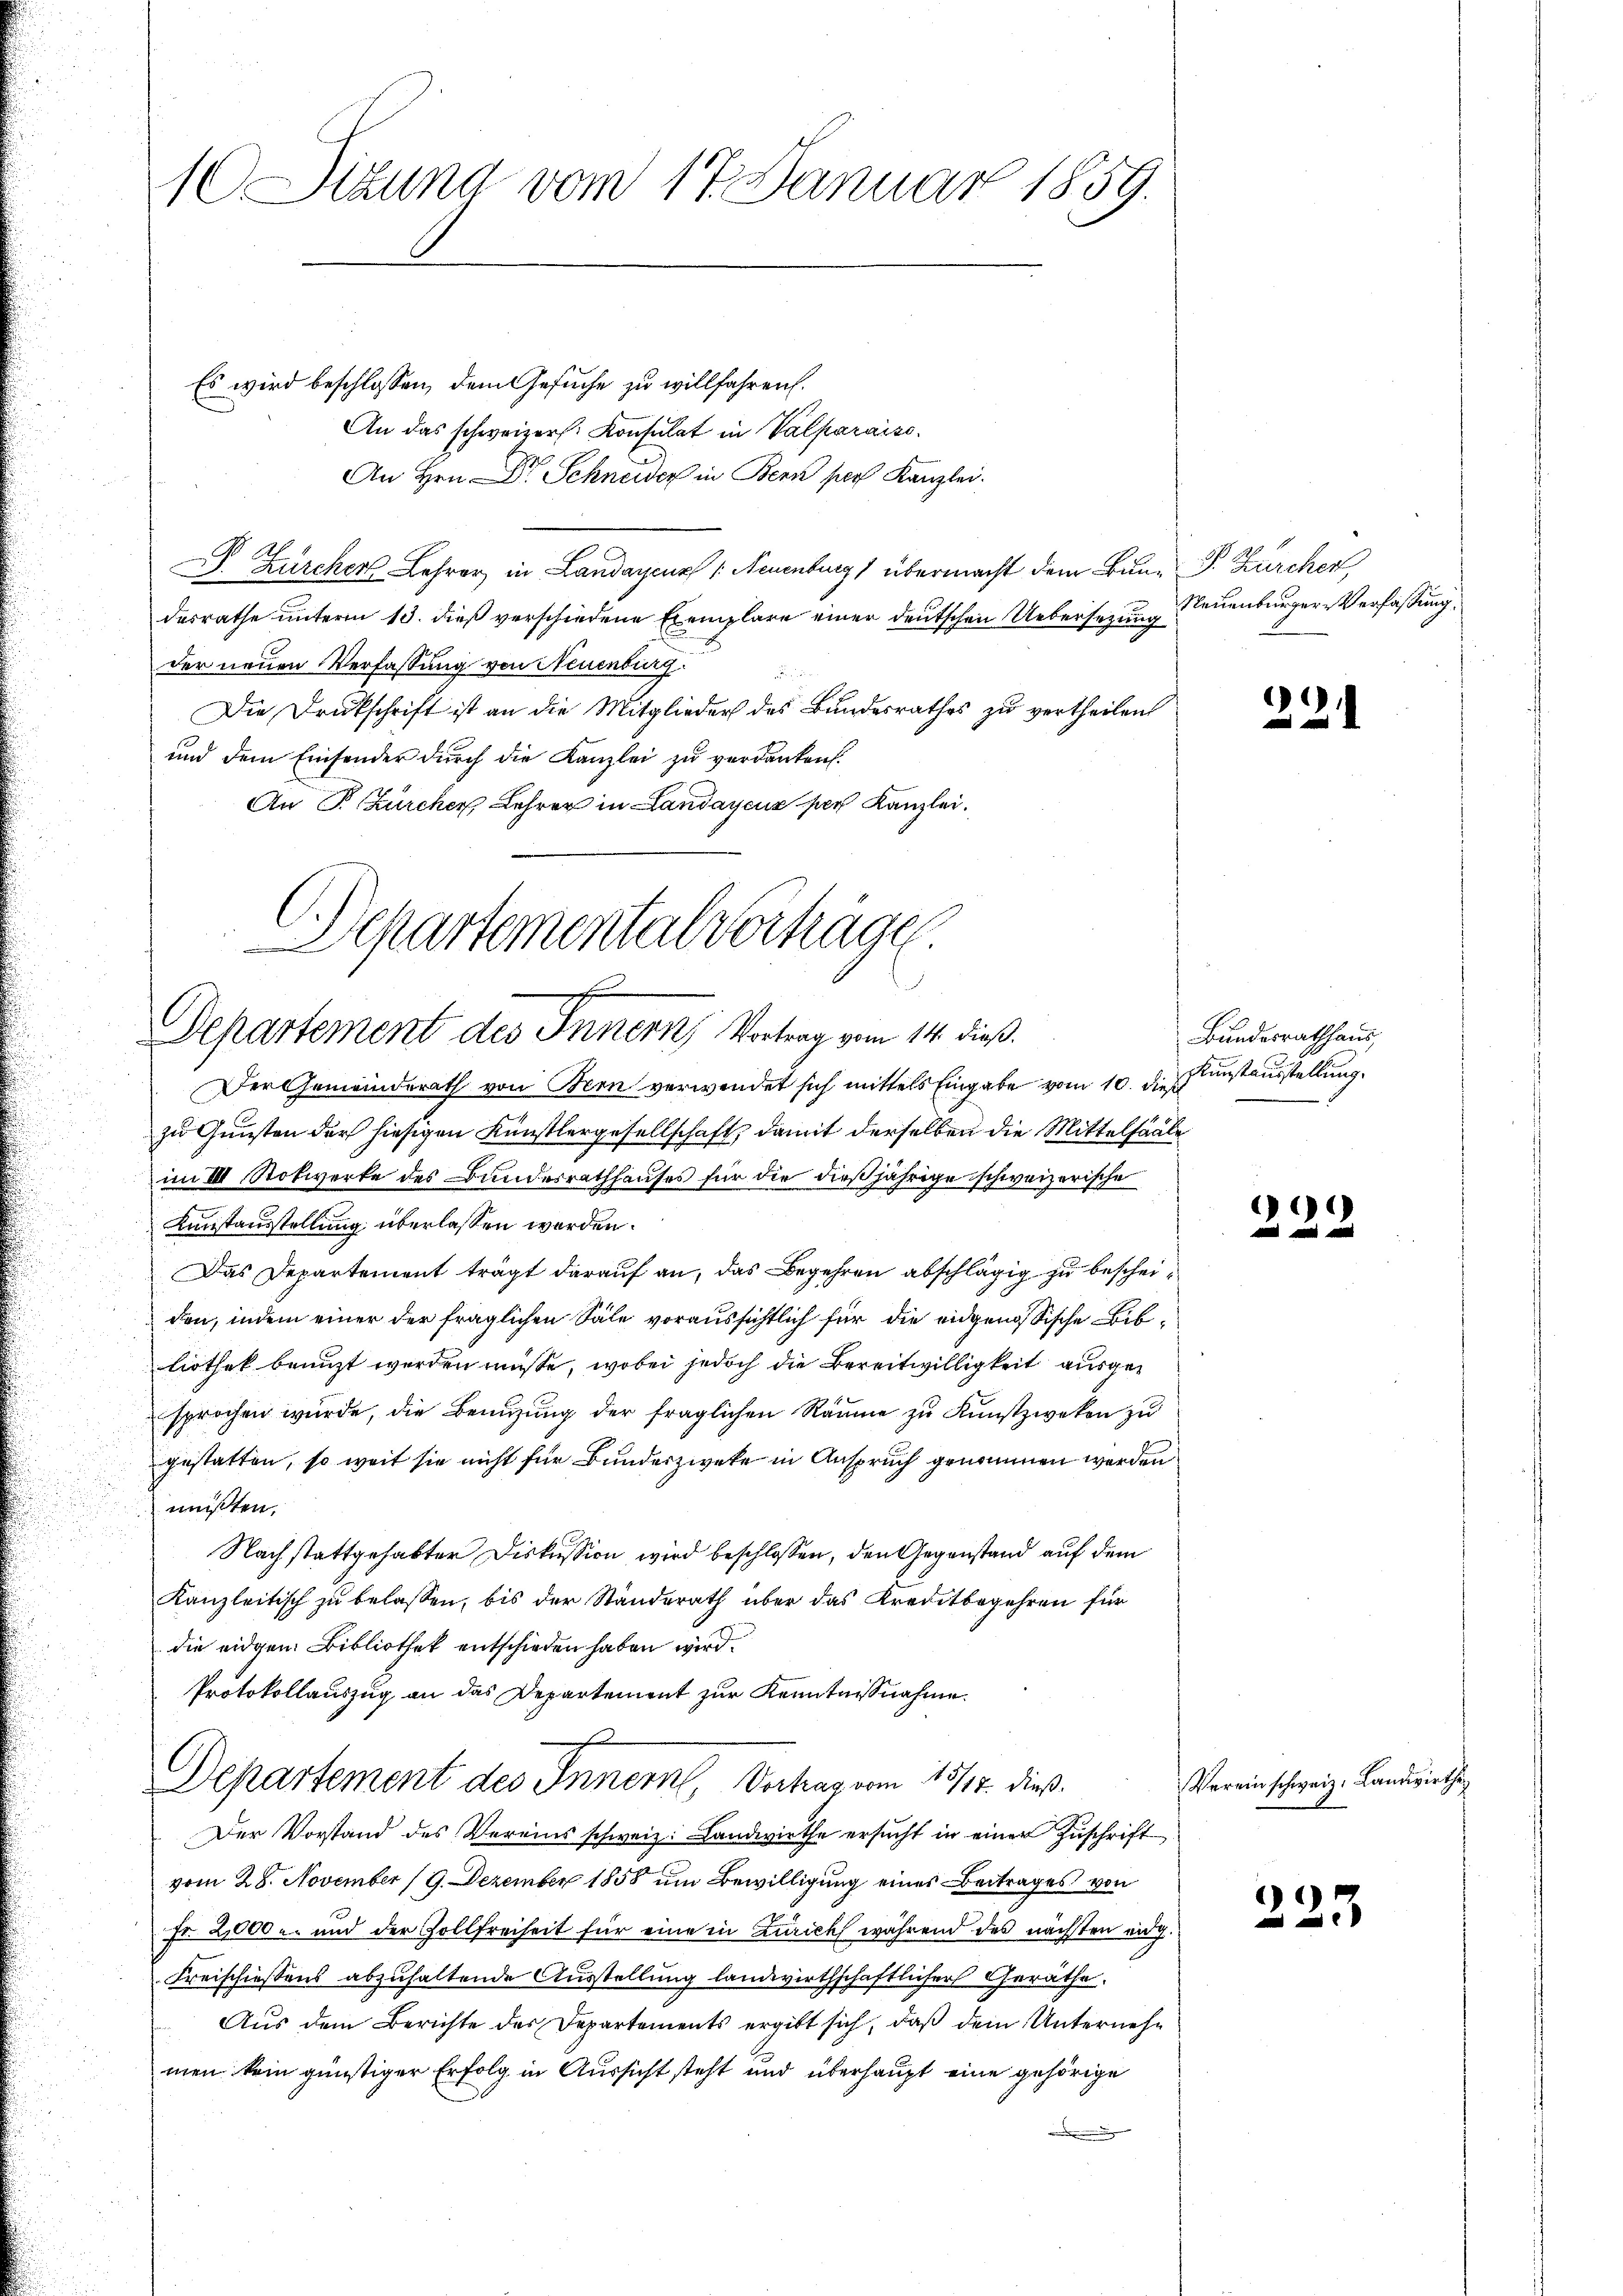
10 Sizung vom 17. Januar 1859.

Es wird beschlossen, dem Gesuche zu willfahren.
An das schweizer. Konsulat in Valparaisc
An Hrn. Dr. Schneider in Bern soch Kanzlei.
 Zürcher Lehrer in Landacur /: Neuenburg übermacht dem Bun-P. Zürcher
desrathe unterm 13. dieß verschiedene Exemplare einer deutschen Uebersezung
der neuen Verfassung von Neuenburg.
Die Druckschrift ist an die Mitglieder des Bundesrathes zu vertheilen
und dem Einsender durch die Kanzlei zu verdanken.
An P. Zürcher Lehrer in Landayens der Kanzlei.

Departemental vorträge.
Departement des Innern, Vortrag vom 14. dieß.

Der Gemeinderath von Bern verwendet sich mittels Eingabe vom 10. di unstausstellung
zu Gunsten der hiesigen Künstlergesellschaft, damit derselben die Mittelsäule
im VIII. Nokwerke des Bundesrathhauses für die dießjährige schweizerische
Kunstausstellung überlassen worden.
Das Departement trägt darauf an, das Begehren abschlägig zu bescheiden, indem einer der fraglichen Säle voraussichtlich für die eidgenössische Bibliothek benuzt werden müsse, wobei jedoch die Bereitwilligkeit ausgesprochen würde, die Benuzung der fraglichen Räume zu Kunstzweken zu
gestatten, so weit sie nicht für Bunderzweke in Anspruch genommen werden
müßten.
Nach stattgehabter Diskussion wird beschlossen, den Gegenstand auf dem
Kanzleitisch zu belassen, bis der Standerath über das Kreditbegehren für
die eidgem Bibliothek entschieden haben wird.
Protokollauszug an das Departement zur Kenntnißnahme.
Departement des Innerl, Vertrag vom 1517. dieß¬
Der Vorstand des Vereins schweiz. Landwirthe ersŭcht in einer Zŭschrift
vom 28. November 19. Dezember 1858 um Bewilligung eines Beitrages von
Fr. 2,000 und der Vollfreiheit für eine in Zürich während des nächsten eidg.
Freischiessens abzuhaltende Ausstellung landwirthschaftlicher Geräthe.
Aus dem Berichte der Departements ergibt sich, daß dein Unternehmen kein günstiger Erfolg in Aussicht steht und überhaupt eine gehörige

Neuenburger Verfassung.

22

Bundesrathaus,

9

Vereinschweiz. Landwirthe

223